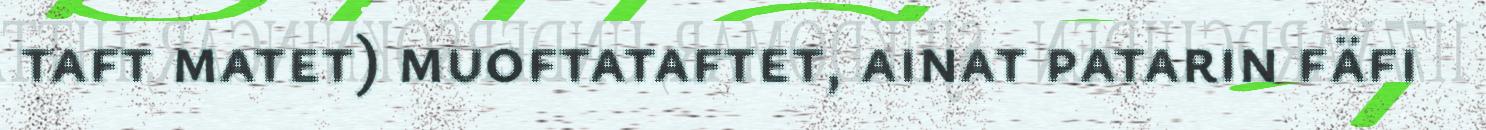
taft matet) muoftataftet, ainat patarin fäfi